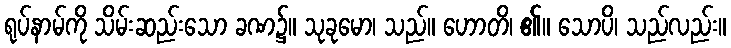
ရုပ်နာမ်ကို သိမ်းဆည်းသော ခဏ၌။ သုခုမော၊ သည်။ ဟောတိ၊ ၏။ သောပိ၊ သည်လည်း။